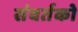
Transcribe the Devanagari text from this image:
संवर्तको